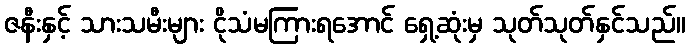
ဇနီးနှင့် သားသမီးများ ငိုသံမကြားရအောင် ရှေ့ဆုံးမှ သုတ်သုတ်နှင်သည်။